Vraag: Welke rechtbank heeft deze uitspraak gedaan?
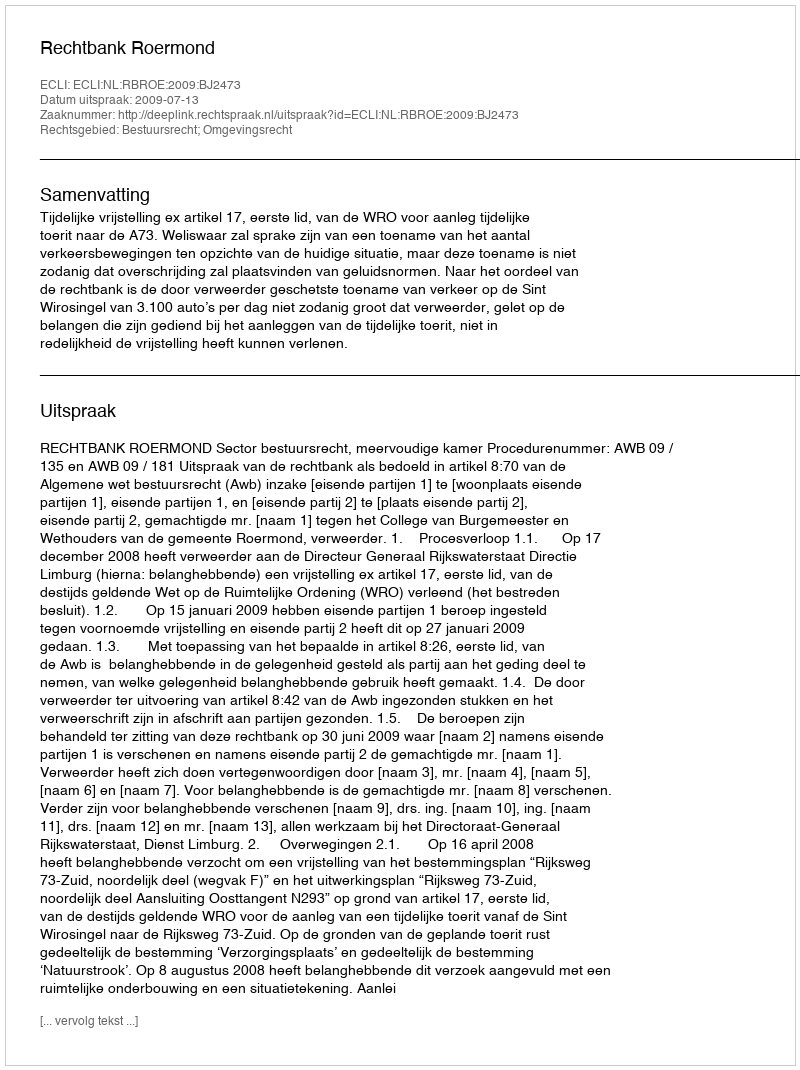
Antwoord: Rechtbank Roermond